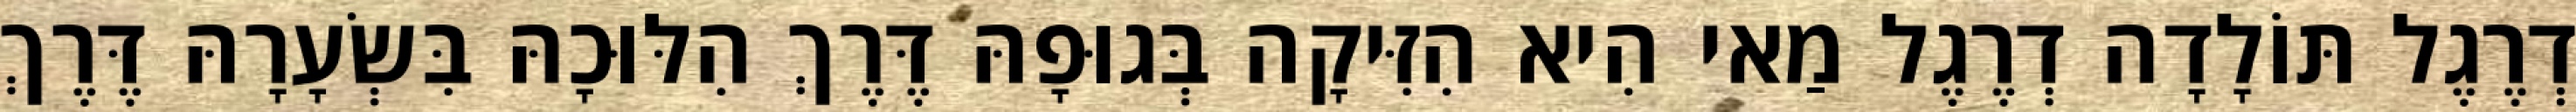
דְרֶגֶל תּוֹלָדָה דְרֶגֶל מַאי הִיא הִזִּיקָה בְּגוּפָהּ דֶּרֶךְ הִלּוּכָהּ בִּשְׂעָרָהּ דֶּרֶךְ